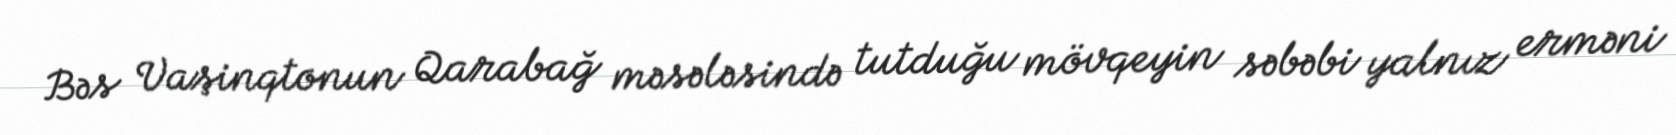
Bəs Vaşinqtonun Qarabağ məsələsində tutduğu mövqeyin səbəbi yalnız erməni